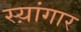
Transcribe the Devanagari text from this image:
स्य़ांगार